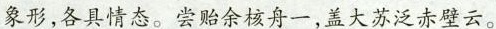
象形，各具情态。尝贻余核舟一，盖大苏泛赤壁云。